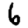
Digit: 6